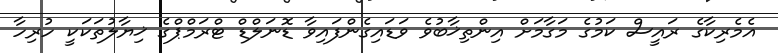
އެމެރިކާގެ ރައީސް ކަމުގެ މަގާމަށް އިންތިޚާބުވެ ވަޑައިގެންފައިވާ ޑޮނަލްޑް ޓްރަމްޕްގެ ޚިޔާލުތަކަކީ ހުރިހާ